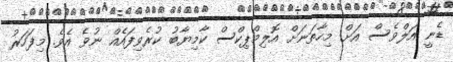
ޑެނީ އަލްވެސް އަށް މިހާތަނަށް އޮލިމްޕިކްސް ކާމިޔާބު ކުރެވިފައެއް ނުވެ އެވެ. މިފަހަރު